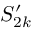
S _ { 2 k } ^ { \prime }